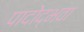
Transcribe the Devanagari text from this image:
पादोद्भवा